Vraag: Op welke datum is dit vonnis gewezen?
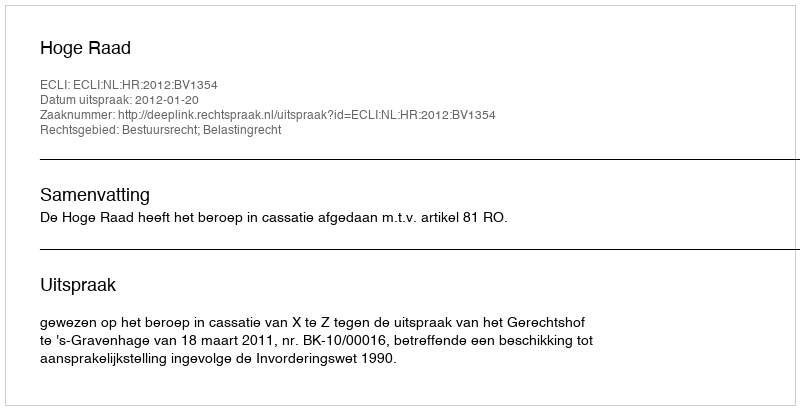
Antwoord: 2012-01-20